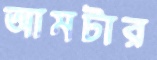
আমটার